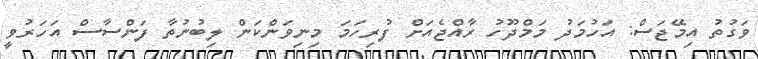
ވަގުތު އިމޭޖަސް: އަހުމަދު މަމްދޫހު ރާއްޖެއަށް ފުރިހަމަ މިނިވަންކަން ލިބުނުތާ ފަންސާސް އަހަރުވީ